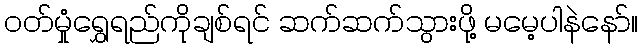
ဝတ်မှုံရွှေရည်ကိုချစ်ရင် ဆက်ဆက်သွားဖို့ မမေ့ပါနဲနော်။